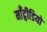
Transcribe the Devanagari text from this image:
माँट्वीडियो